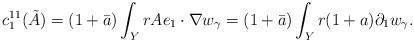
LaTeX: \begin{align*}c_1^{11}(\tilde{A}) =(1+\bar{a}) \int_Y r A e_1\cdot \nabla w_{\gamma} = (1+\bar{a}) \int_Y r (1+a) \partial_1 w_{\gamma}.\end{align*}